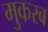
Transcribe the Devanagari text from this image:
मुकरब